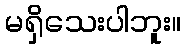
မရှိသေးပါဘူး။